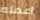
اعمله